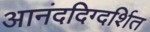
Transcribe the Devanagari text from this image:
आनंददिग्दर्शित